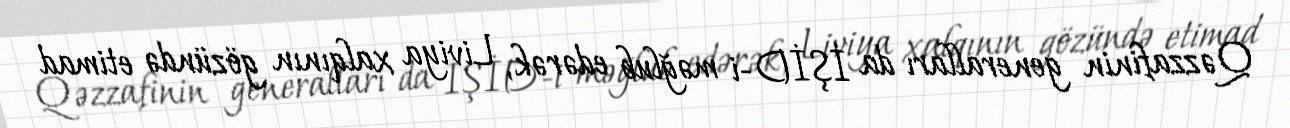
Qəzzafinin generalları da İŞİD-i məğlub edərək, Liviya xalqının gözündə etimad